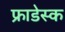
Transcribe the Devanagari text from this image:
फ्राडेस्क